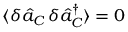
\langle \delta \hat { a } _ { C } \, \delta \hat { a } _ { C } ^ { \dagger } \rangle = 0